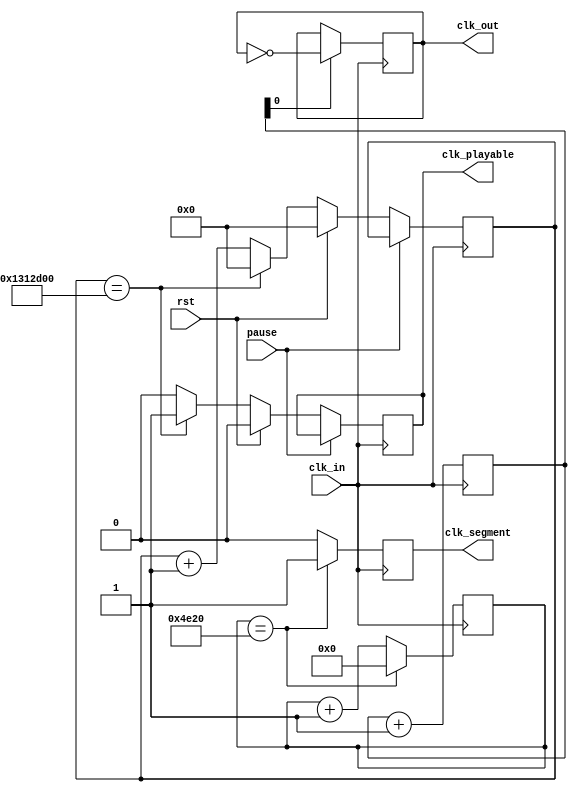
module clock(clk_in, rst, pause, clk_out, clk_playable, clk_segment);
	input clk_in;
	input rst;
	input pause;
	output clk_out;
	output clk_playable;
	output clk_segment;
	
	wire clk_in;
	wire rst;
	wire pause;
	reg clk_out=0;
	reg clk_playable=0;
	reg clk_segment=0;
	
	reg clk_count = 0;
	
	
	// clk_out: 25 MHz
	reg [2:0] out_counter=0;
	always @ (posedge clk_in)
	begin
		  out_counter <= out_counter+1;
		  if (out_counter[0]==1)
		  begin
            clk_out <= ~clk_out;
        end
    end
	 
	// clk_segment
	reg [15:0] segment_counter=0;
	always @ (posedge clk_in) 
	begin
		if (segment_counter == 20000) 
		begin 
			segment_counter <= 0;
			clk_segment <= 1;
		end 
		else 
		begin
			segment_counter <= segment_counter + 1;
			clk_segment <= 0;
		end
	end
	 
	// clk_playable
	reg [31:0] playable_counter=0;
	always @ (posedge clk_in) 
	begin
		if (!pause) 
		begin
			if (rst) 
			begin
			playable_counter <= 0;
			clk_playable <= 0;
			end 
			else 
			begin
				if (playable_counter == 20000000) 
				begin 
					playable_counter <= 0;
					clk_playable <= 1;
				end 
				else 
				begin
					playable_counter <= playable_counter + 1;
					clk_playable <= 0;
				end
			end
		end
	end
	
endmodule